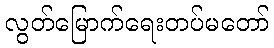
လွတ်မြောက်ရေးတပ်မတော်